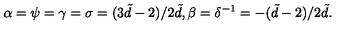
\alpha = \psi = \gamma = \sigma = ( 3 \tilde { d } - 2 ) / 2 \tilde { d } , \beta = \delta ^ { - 1 } = - ( \tilde { d } - 2 ) / 2 \tilde { d } .